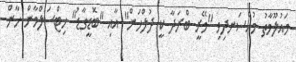
މައުލޫމާތު މުއްސަނދިވި "މޭރީ ބްރަދާ ކީ ދުލްހަން" އާއި "ބޮޑީގާޑު" ހިޓްސަލްމާން ޚާން